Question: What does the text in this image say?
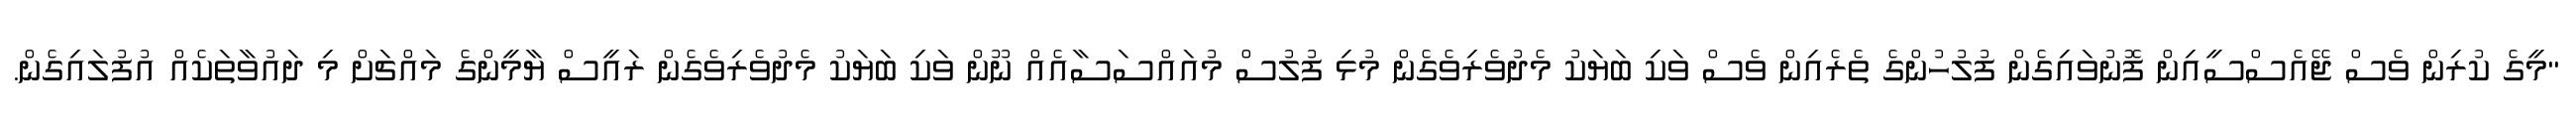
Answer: "މީގެ ކުރިން ވެސް ޖޭއެސްސީއިން ފޮނުވައިގެން ފުލުހުންގެ ތެރެއިން ވެސް ވަކި ބަޔަކު މެދުވެރިވެގެން މުޅި ފުލުސް މުއައްސަސާއެއް ނޫން ވަކި ބަޔަކު މެދުވެރިވެގެން ރައީސް ޔާމީންގެ މައްޗަށް މި ދައުވާތަކެއް އުފުލައިގެން.